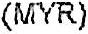
(MYR)